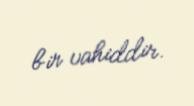
bir vahiddir.